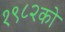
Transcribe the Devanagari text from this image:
१९८२को